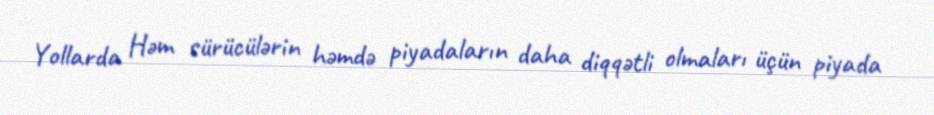
Yollarda Həm sürücülərin həmdə piyadaların daha diqqətli olmaları üçün piyada